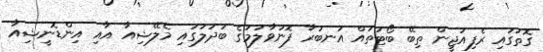
ގޮތުގައި ރެފިއުޖީން ތިބޭ ބޯޓުތައް އަނބުރާ ފޮނުވާލުމުގެ ބަދަލުގައި މެލޭޝިއާ އާއި އިންޑޮނީޝިއާ